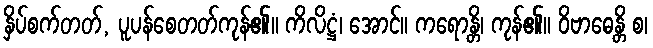
နှိပ်စက်တတ်, ပူပန်စေတတ်ကုန်၏။ ကိလိဋ္ဌံ၊ အောင်။ ကရောန္တိ၊ ကုန်၏။ ဝိဗာဓေန္တိ စ၊